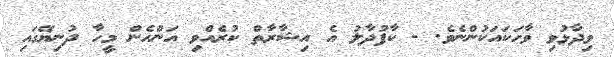
ވިދާޅުވި ވާހަކައަކުންނެވެ. - ކާފުދާލު އެ އިޝާރާތް ކުރެއްވި އަންހެން މީހާ ދުނިޔޭގައި